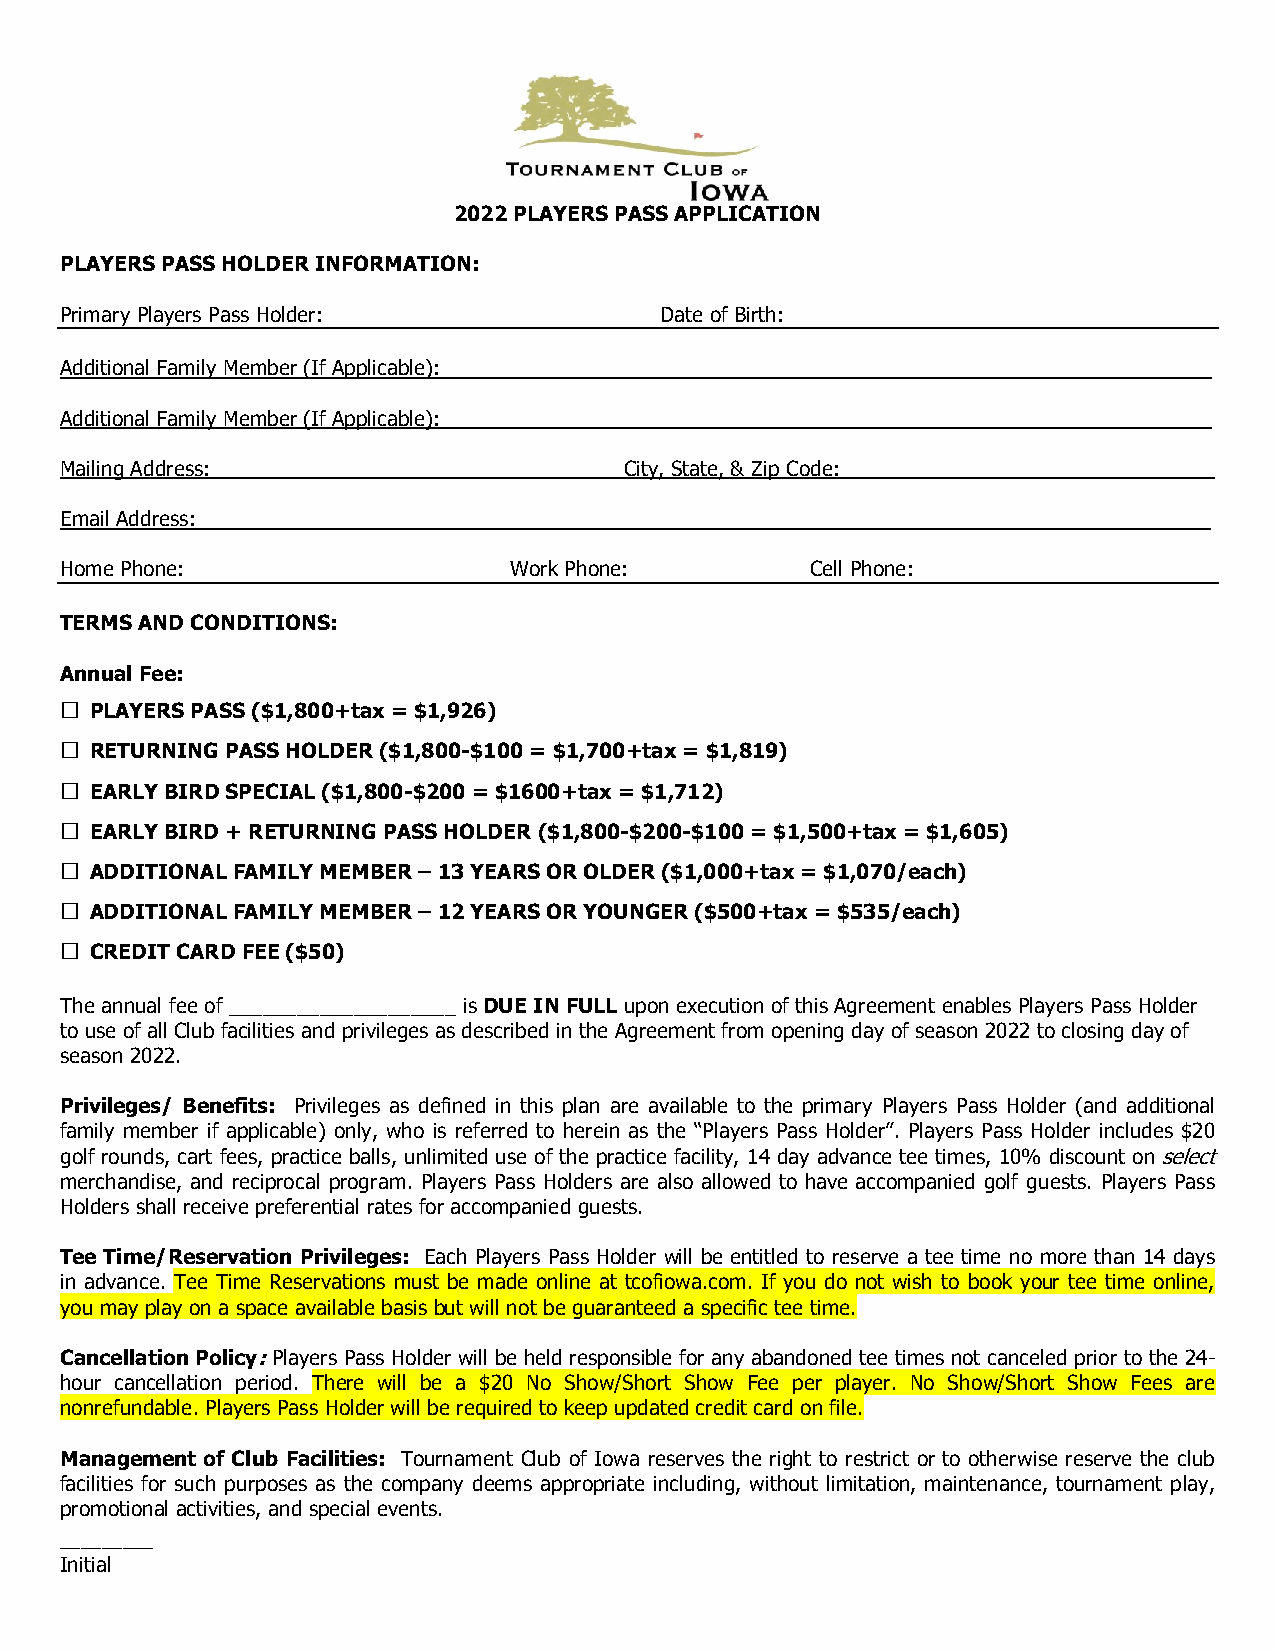
2022 PLAYERS PASS APPLICATION
 PLAYERS PASS HOLDER INFORMATION:
 Primary Players Pass Holder:            Date of Birth:
 Additional Family Member (If Applicable):_         _________________________________
 Additional Family Member (If Applicable):_         _________________________________
 Mailing Address:              __________City, State, & Zip Code: ___ ______________________
 Email Address: ______________________________________________              __
 Home Phone:                   Work Phone:         Cell Phone:
 TERMS AND CONDITIONS:
 Annual Fee:
 □
 PLAYERS PASS ($1,800+tax = $1,926)
 □
 RETURNING PASS HOLDER ($1,800-$100 = $1,700+tax = $1,819)
 □
 EARLY BIRD SPECIAL ($1,800-$200 = $1600+tax = $1,712)
 □
 EARLY BIRD + RETURNING PASS HOLDER ($1,800-$200-$100 = $1,500+tax = $1,605)
 □
 ADDITIONAL FAMILY MEMBER – 13 YEARS OR OLDER ($1,000+tax = $1,070/each)
 □
 ADDITIONAL FAMILY MEMBER – 12 YEARS OR YOUNGER ($500+tax = $535/each)
 □
 CREDIT CARD FEE ($50)
 The annual fee of ____________________ is DUE IN FULL upon execution of this Agreement enables Players Pass Holder
 to use of all Club facilities and privileges as described in the Agreement from opening day of season 2022 to closing day of
 season 2022.
 Privileges/ Benefits: Privileges as defined in this plan are available to the primary Players Pass Holder (and additional
 family member if applicable) only, who is referred to herein as the “Players Pass Holder”. Players Pass Holder includes $20
 golf rounds, cart fees, practice balls, unlimited use of the practice facility, 14 day advance tee times, 10% discount on select
 merchandise, and reciprocal program. Players Pass Holders are also allowed to have accompanied golf guests. Players Pass
 Holders shall receive preferential rates for accompanied guests.
 Tee Time/Reservation Privileges: Each Players Pass Holder will be entitled to reserve a tee time no more than 14 days
 in advance. Tee Time Reservations must be made online at tcofiowa.com. If you do not wish to book your tee time online,
 you may play on a space available basis but will not be guaranteed a specific tee time.
 Cancellation Policy: Players Pass Holder will be held responsible for any abandoned tee times not canceled prior to the 24-
 hour cancellation period. There will be a $20 No Show/Short Show Fee per player. No Show/Short Show Fees are
 nonrefundable. Players Pass Holder will be required to keep updated credit card on file.
 Management of Club Facilities: Tournament Club of Iowa reserves the right to restrict or to otherwise reserve the club
 facilities for such purposes as the company deems appropriate including, without limitation, maintenance, tournament play,
 promotional activities, and special events.
 _________
 Initial